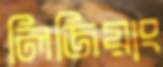
লিজিয়াং